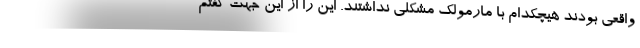
واقعی بودند هیچکدام با مارمولک مشکلی نداشتند. این را از این جهت گفتم